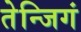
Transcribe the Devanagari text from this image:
तेन्जिगं